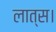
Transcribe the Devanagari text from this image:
लात्स।